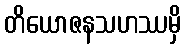
တိယောဇနသဟဿမှိ